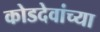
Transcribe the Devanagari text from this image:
कोडदेवांच्या